Vital statistics of India. Vol. VI, European troops 1870-79
Year: 1870
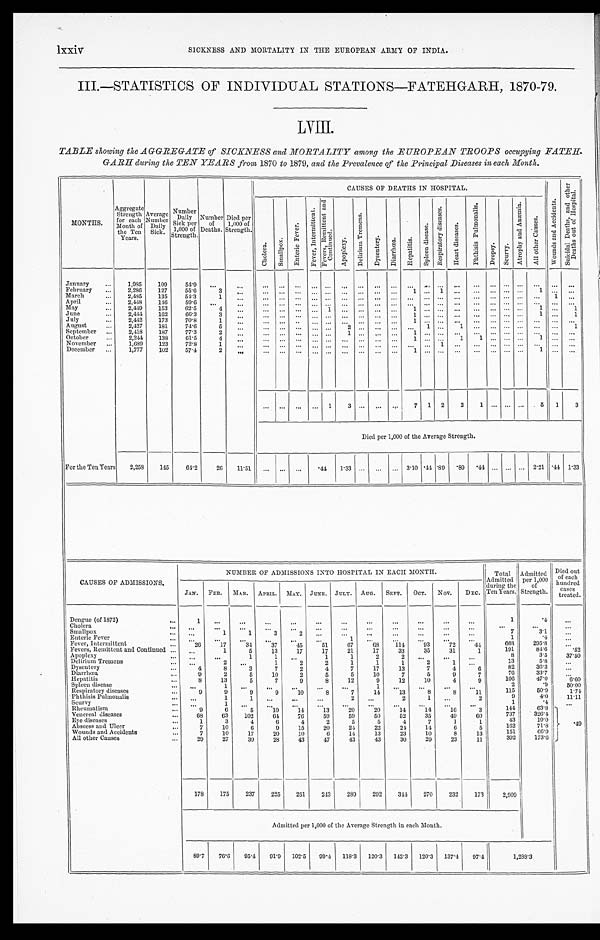
lxxiv SICKNESS AND MORTALITY IN THE EUROPEAN ARMY OF INDIA.
III.—STATISTICS OF INDIVIDUAL STATIONS—FATEHGARH, 1870-79.
TABLE showing thee AGGREGATE of SICKNESS and MORTALITY among the EUROPEAN TROOPS occupying FATEH-
GARH during the TEN YEARS from 1870 to 1879, and the Prevalence of the Principal Diseases in each Month.
MONTHS.
Aggregate
Strength
for each
Month of
the Ten
Years.
Average
Number
Daily
Sick.
Number
Daily
Sick per
1,000 of
Strength.
Number
of
Deaths.
Died per
1 , 0 0 0 o f
S t r e n g t h .
CAUSES OF DEATHS IN HOSPITAL.
W o u n d s a n d A c c i d e n t s .
S u i c i d a l D e a t h s , a n d o t h e r
D e a t h s o u t o f H o s p i t a l .
C h o l e r a . S m a l l p o x .
E n t e r i c F e v e r .
F e v e r , I n t e r m i t t e n t .
F e v e r s , R e m i t t e n t a n d
C o n t i n u e d .
A p o p l e x y .
D e l i r i u m T r e m e n s .
D y s e n t e r y .
D i a r r h œ a . H e p a t i t i s .
S p l e e n d i s e a s e .
R e s p i r a t o r y d i s e a s e s .
H e a r t d i s e a s e s .
P h t h i s i s P u l m o n a l i s .
D r o p s y .
S c u r v y .
A t r o p h y a n d A n æ m i a .
A l l o t h e r C a u s e s .
January
...
1, 985
109
5 4 . 9
...
...
... ... ... . . . ...
. . .
... ...
. . . ... . . . ... ... . . . . . . . . . . . .
. . . . . .
. . .
February ...
2,286
127
55.6
3 . . .
... ... ... . . . . . . . . .
... ... ... 1
. . .
1 . . .
. . .
. . . . . . . . . 1
. . . . . .
March
...
2, 485
135
54.3
1 ... . . . . . .
. . . . . . ... ... ... ... . . .
. . .
. . . . . .
. . .
. . . . . . . . . . . .
. . . 1 . . .
April
...
2,448
1 4 6
59.6 ...
. . .
. . .
... ... . . . . . . . . .
. . . . . .
. . . . . .
. . .
. . . . . .
. . .
. . . . . . . . . . . .
. . . . . .
May
...
2, 449
153
62. 5
4 . . .
... ... ... . . .
1 ... ... . . . . . . 1
. . .
. . . . . .
. . .
. . . . . . . . . 1
...
1
J u n e
. . .
2, 444
162
6 6 . 3
3 . . .
. . . . . .
. . . . . . . . . . . .
. . . . . .
. . . 1
. . .
... . . . . . . ... . . .
...
1 ...
1
July
. . .
2,442 173
70.8
1 . . .
... ... .. . . . . . . . . .
. . . . . .
. . . 1 . . .
. . . . . .
. . .
... ... ... ... ... ...
August
. . .
2, 427
181
74. 6
5 ...
... ... ... ... ...
2 . . . . . .
. . .
... 1 . . .
1 . . .
. . . . . . . . . . . .
. . .
1
September ...
2,418
187
77.3
2 . . .
. . .
... ... ... ...
1 ... ... . . . 1
. . .
. . . . . .
. . .
. . . . . . . . . . . .
. . .
. . .
October
...
2,244
138
61. 5
4 . . .
... ... . . .
... . . .
... ... ... ... 1
. . .
. . .
1
1 ... ... . . . 1
. . .
. . .
November . . .
1 , 6 8 9
123
72.8 1
. . .
... ... ... . . .
...
. . . . . .
... ... ... ... 1
... ... . . . ... ... ... ... ...
December ...
1,777
102
57. 4
2 ...
... ... ... ... ... ... ...
. . .
. . .
1
. . .
. . . . . .
. . .
. . . . . . . . . 1
. . . . . .
... ... ... ... 1
3 ... . . .
...
7 1 2
2
1 . . . . . .
...
5 1
3
Died per 1,000 of the Average Strength.
For the Ten Years 2,258
145
6 4 . 2
26 11. 51
... ... ... .44 1.33 ... ... ... 3.10 . 4 4 .89 .89 .44 ... ... . . .
2 . 2 1 . 4 4 1 . 3 3
CAUSES OF ADMISSIONS.
NUMBER OF ADMISSIONS INTO HOSPITAL IN EACH MONTH.
Total Admitted
during the
Ten Years.
Admitted per 1,000
of
Strength.
Died out
of each
hundred
cases
treated.
JAN. FEB.
MAR. APRIL. MAY. J U N E .
JULY. AUG. SEPT. OCT. NOV.
DEC.
Dengue (of 1872)
...
1 ...
. . .
. . .
. . .
. . .
. . . ...
...
...
. . . . . .
1
.4
...
Cholera
. . .
. . .
. . .
...
...
. . .
. . .
. . .
. . . . . . ...
. . . . . .
...
...
...
Smallpox
... ...
1
1
3
2
. . .
. . .
...
. . . . . .
... . . .
7
3. 1
...
Enteric Fever
. . . . . .
. . . . . .
. . .
. . .
. . .
1
. . .
. . .
... . . .
. . .
1
.4
...
Fever, Intermittent
. . .
26
17
34
37
45
51
67
6 8
114
93
72
44
6 6 8
295. 8
. . .
Fevers, Remittent and Continued ...
. . .
1
5
13
17
17
21
17
33
35
31
1
191
8 4 . 6
.52
Apoplexy
. . .
...
...
1
1 . . .
1 1
2 2
. . .
...
...
8
3.5
37. 50
Delirium Tremens
. . .
... 2
. . .
1
2
2 1
1
1
2
1 ...
13
5. 8
. . .
Dysentery
. . .
4
8
3
7
2
4 7
17
13
7
4
6
82
36. 3
. . .
Diarrhœa
...
9
2
5
10
2
5 5
10
7
5
9
7
76
33.7
...
Hepatitis
. . .
8
13
5
7
9
8
12
9
12
10
4
9
106
47. 0
6 . 6 0
Spleen disease
. . .
...
1 ...
. . .
. . .
. . .
... 1
. . .
...
...
...
2
.9
50. 00
Respiratory diseases
. . . .
9
9
9
9
10
8 7
14
13
8
8
11
115
50. 9
1.74
Phthisis Pulmonalis
. . . . . .
1
1 . . .
. . .
. . .
2
. . .
2 1
. . .
2
9
4. 0
11.11
Scurvy
. . .
...
1 ...
...
...
...
...
... . . .
...
...
...
1
.4
...
Rheumatism
. . .
9
6
5
10
14
13 2 0
20
14
14
16
3
144
63. 8
.49
Venereal diseases
...
68
63
102
64
76
59 5 9
50
52
35
49
60
737
326. 4
Eye diseases
. . .
1
3
4
6
4
2 5
5
4
7
1
1
43
19. 0
Abscess and Ulcer
. . .
7
10
6
9
15
20 2 4
22
2 4
14
6
5
162
71.8
Wounds and Accidents
...
7
10
17
20
10
6 1 4
13
23
10
8
13
151
66. 9
All other Causes
. . .
29
27
39
28
43
47
4 3
43
30
29
23
11
392
173. 6
178
175
237
225
251
2 4 3 2 8 9
292
3 4 4
270
232
173
2 , 9 0 9
Admitted per 1,000 of the Average Strength in each Month.
89. 7
76. 6
95. 4
91. 9
102.5 99.4 118. 3
120. 3 142.3 120. 3 137. 4
97. 4
1, 288. 3